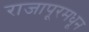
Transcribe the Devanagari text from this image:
राजापूरमधून